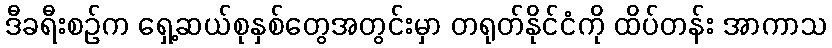
ဒီခရီးစဉ်က ရှေ့ဆယ်စုနှစ်တွေအတွင်းမှာ တရုတ်နိုင်ငံကို ထိပ်တန်း အာကာသ